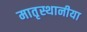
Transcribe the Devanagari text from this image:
मातृस्थानीया